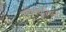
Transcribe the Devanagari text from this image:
एपिक्यूरियन